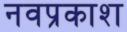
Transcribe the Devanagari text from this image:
नवप्रकाश